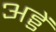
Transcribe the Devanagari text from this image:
अड्डें